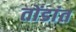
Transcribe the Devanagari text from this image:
तोंडांत